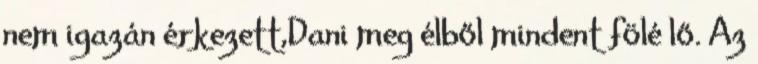
nem igazán érkezett,Dani meg élből mindent fölé lő. Az